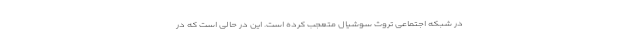
در شبکه اجتماعی تروث سوشیال متعجب کرده است. این در حالی است که در